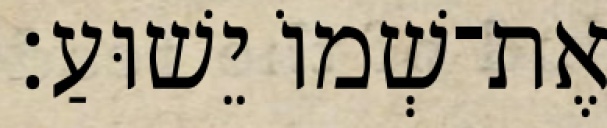
אֶת־שְׁמוֹ יֵשׁוּעַ׃